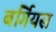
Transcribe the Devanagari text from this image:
बर्गियस